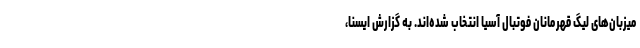
میزبان‌های لیگ قهرمانان فوتبال آسیا انتخاب شده‌اند. به گزارش ایسنا،